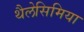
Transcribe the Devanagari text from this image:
थैलेसिमिया